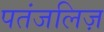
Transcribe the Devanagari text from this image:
पतंजलिज़